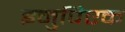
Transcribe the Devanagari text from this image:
इनुपिएक